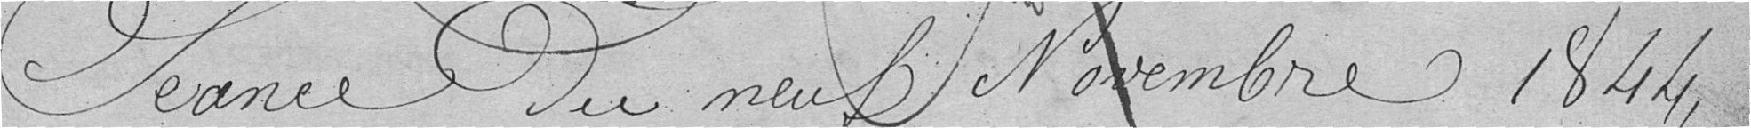
Séance du neuf Novembre 1844,